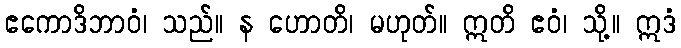
ဧကောဒိဘာဝံ၊ သည်။ န ဟောတိ၊ မဟုတ်။ ဣတိ ဧဝံ၊ သို့။ ဣဒံ